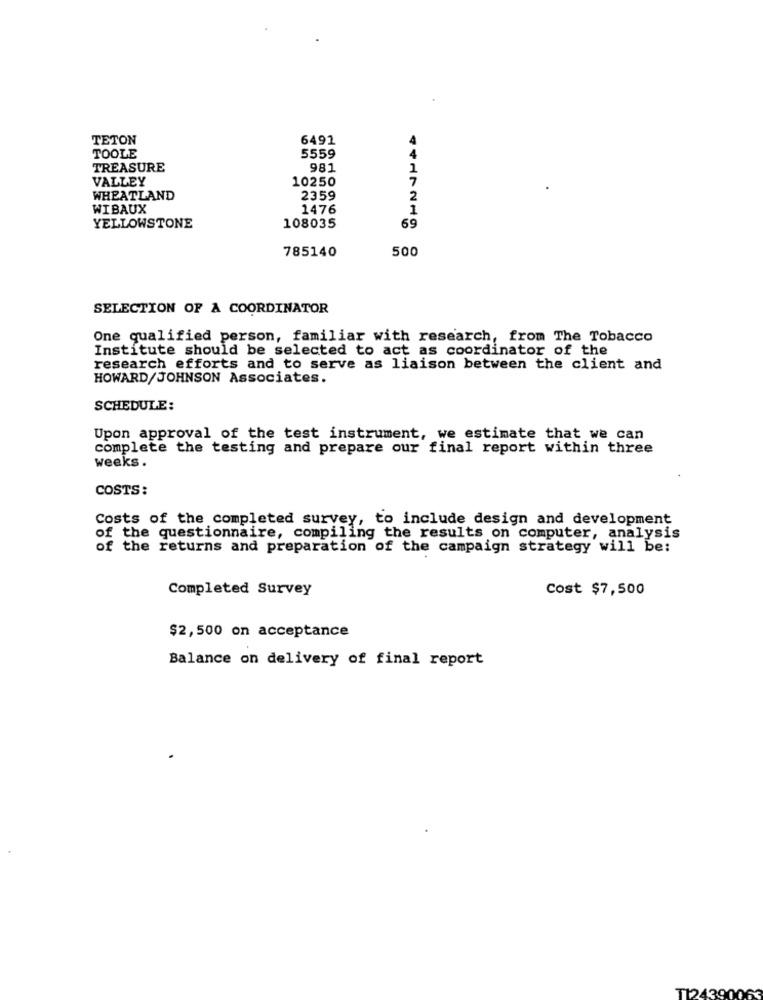
TETON
6492
TOOLE
5559
4
TREASURE
981
1
VALLEY
10250
WHEATLAND
2359
2
WIBAUX
1476
1
YELLOWSTONE
108035
69
785140
500
SELECTION OF A COORDINATOR
One qualified person, familiar with research, from The Tobacco
Institute should be selected to act as coordinator of the
research efforts and to serve as liaison between the client and
HOWARD/JOHNSON Associates.
SCHEDULE:
Upon approval of the test instrument, we estimate that we can
complete the testing and prepare our final report within three
weeks.
COSTS:
Costs of the completed survey, to include design and development
of the questionnaire, compiling the results on computer, analysis
of the returns and preparation of the campaign strategy will be:
Completed Survey
Cost $7,500
$2,500 on acceptance
Balance on delivery of final report
T124390063